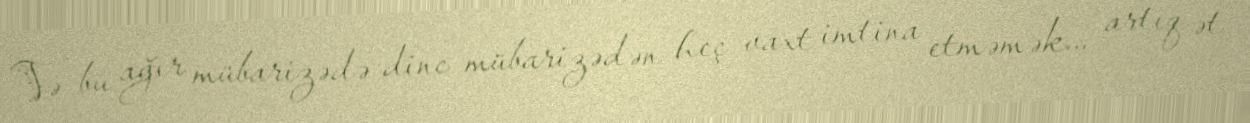
Və bu ağır mübarizədə dinc mübarizədən heç vaxt imtina etməmək... artıq ət